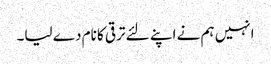
انہیں ہم نے اپنے لئے ترقی کا نام دے لیا۔